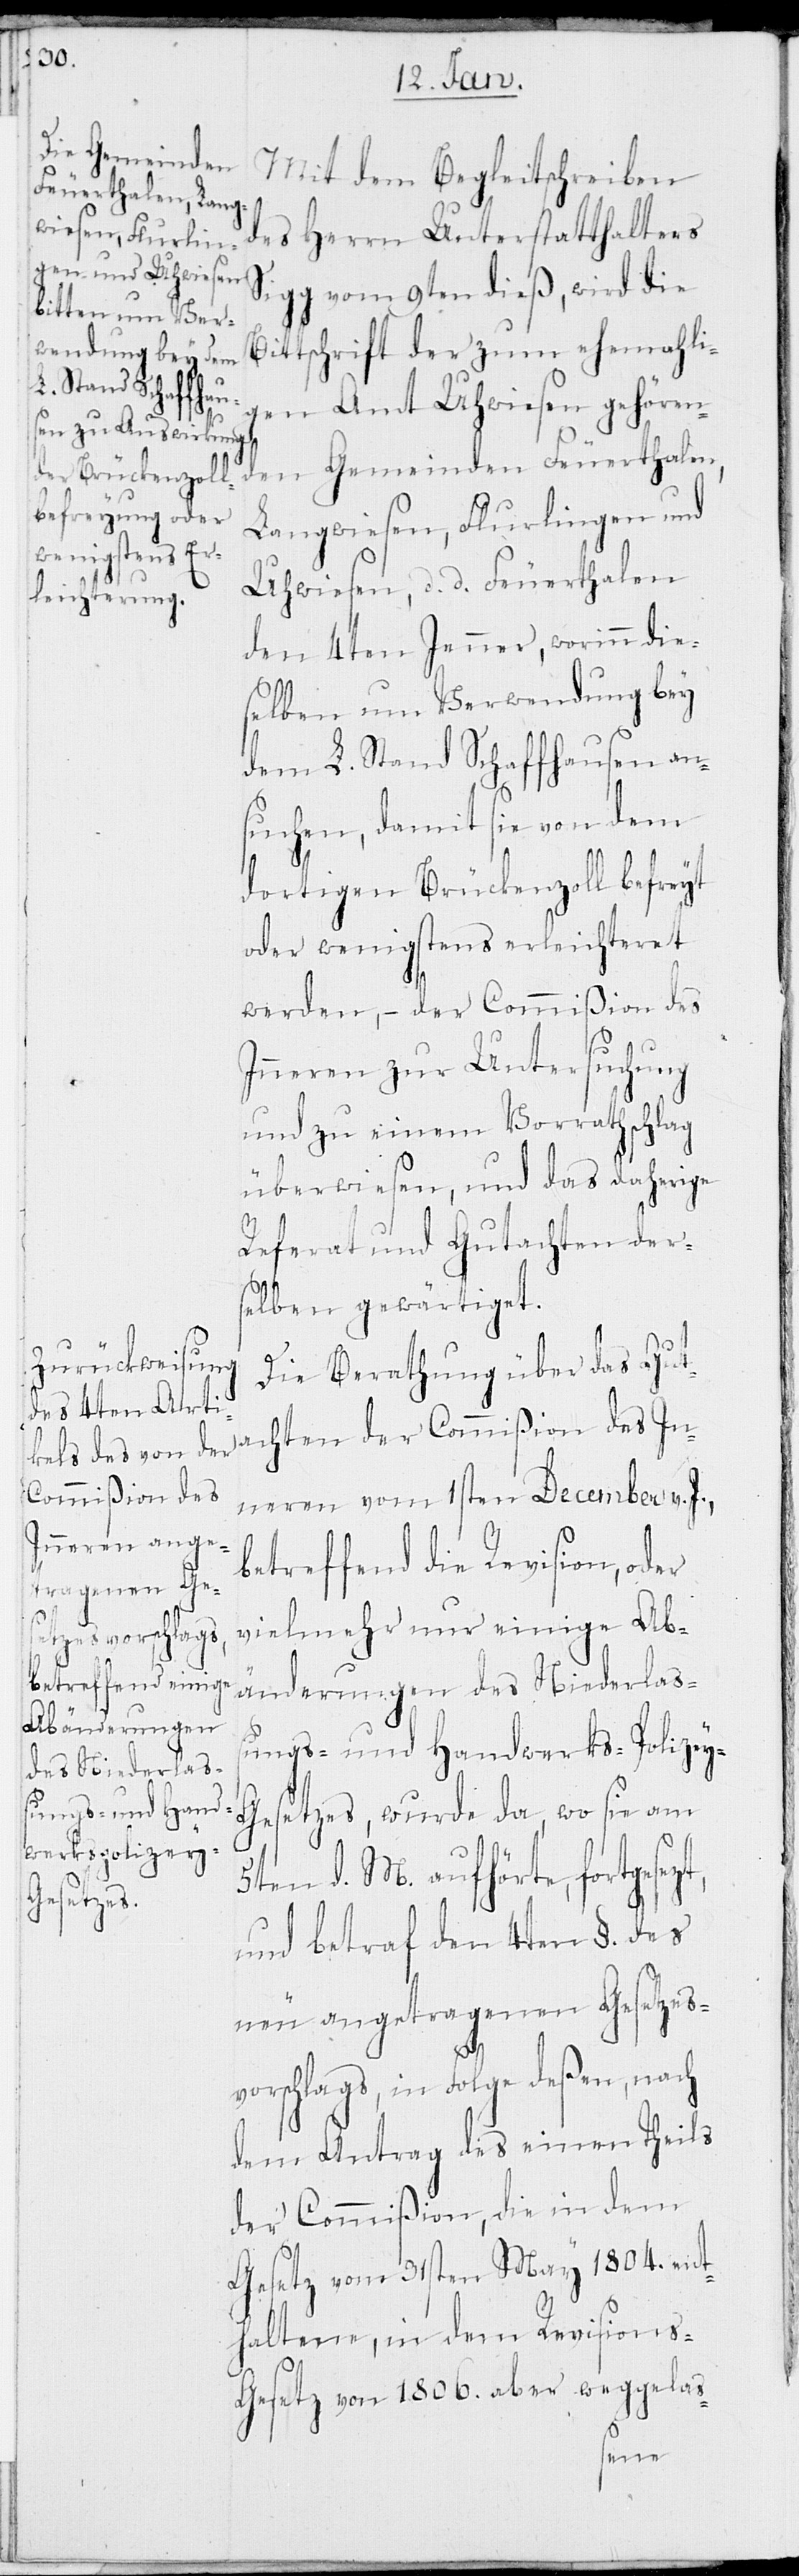
ungs- und Hand¬
werks-Polizey-G¬
gesezt,

Mit dem Begleitschreiben
des Herrn Unterstatthalters
Sigg vom 9ten dieß, wird die
Bittschrift der zum ehemahli¬
gen Amt Uhwiesen gehören¬
den Gemeinden Feuerthalen,
Langwiesen, Flurlingen und
Uhwiesen, d. d. Feuerthalen
den 4ten Jenner, worinn die¬
selben um Verwendung bey
dem L. Stand Schaffhausen an¬
suchen, damit sie von dem
dortigen Brückenzoll befreyt
oder wenigstens erleichtert
werden, – der Commißion des
Inneren zur Untersuchung
und zu einem Vorrathschlag
überwiesen, und das daherige
Referat und Gutachten ders¬
elben gewärtiget.
Die Berathung über das Gut¬
achten der Commißion des In¬
neren vom 1sten December v. J.,
betreffend die Revision, oder
vielmehr nur einige Ab¬
änderungen des Niederlaß¬
esetzes, wurde da, wo sie am
5ten d. M. aufhörte, fort¬
und betraf den 4ten §. des
neu angetragenen Gesetzes¬
vorschlags, in Folge deßen, nach
dem Antrag des einen Theils
der Commißion, die in dem
Gesetz vom 31sten May 1804 ent¬
haltene, in dem Revision¬
s-Gesetz von 1806 aber weggelas-